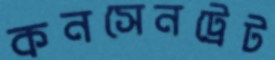
কনসেনট্রেট